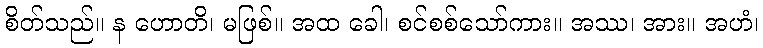
စိတ်သည်။ န ဟောတိ၊ မဖြစ်။ အထ ခေါ၊ စင်စစ်သော်ကား။ အဿ၊ အား။ အဟံ၊